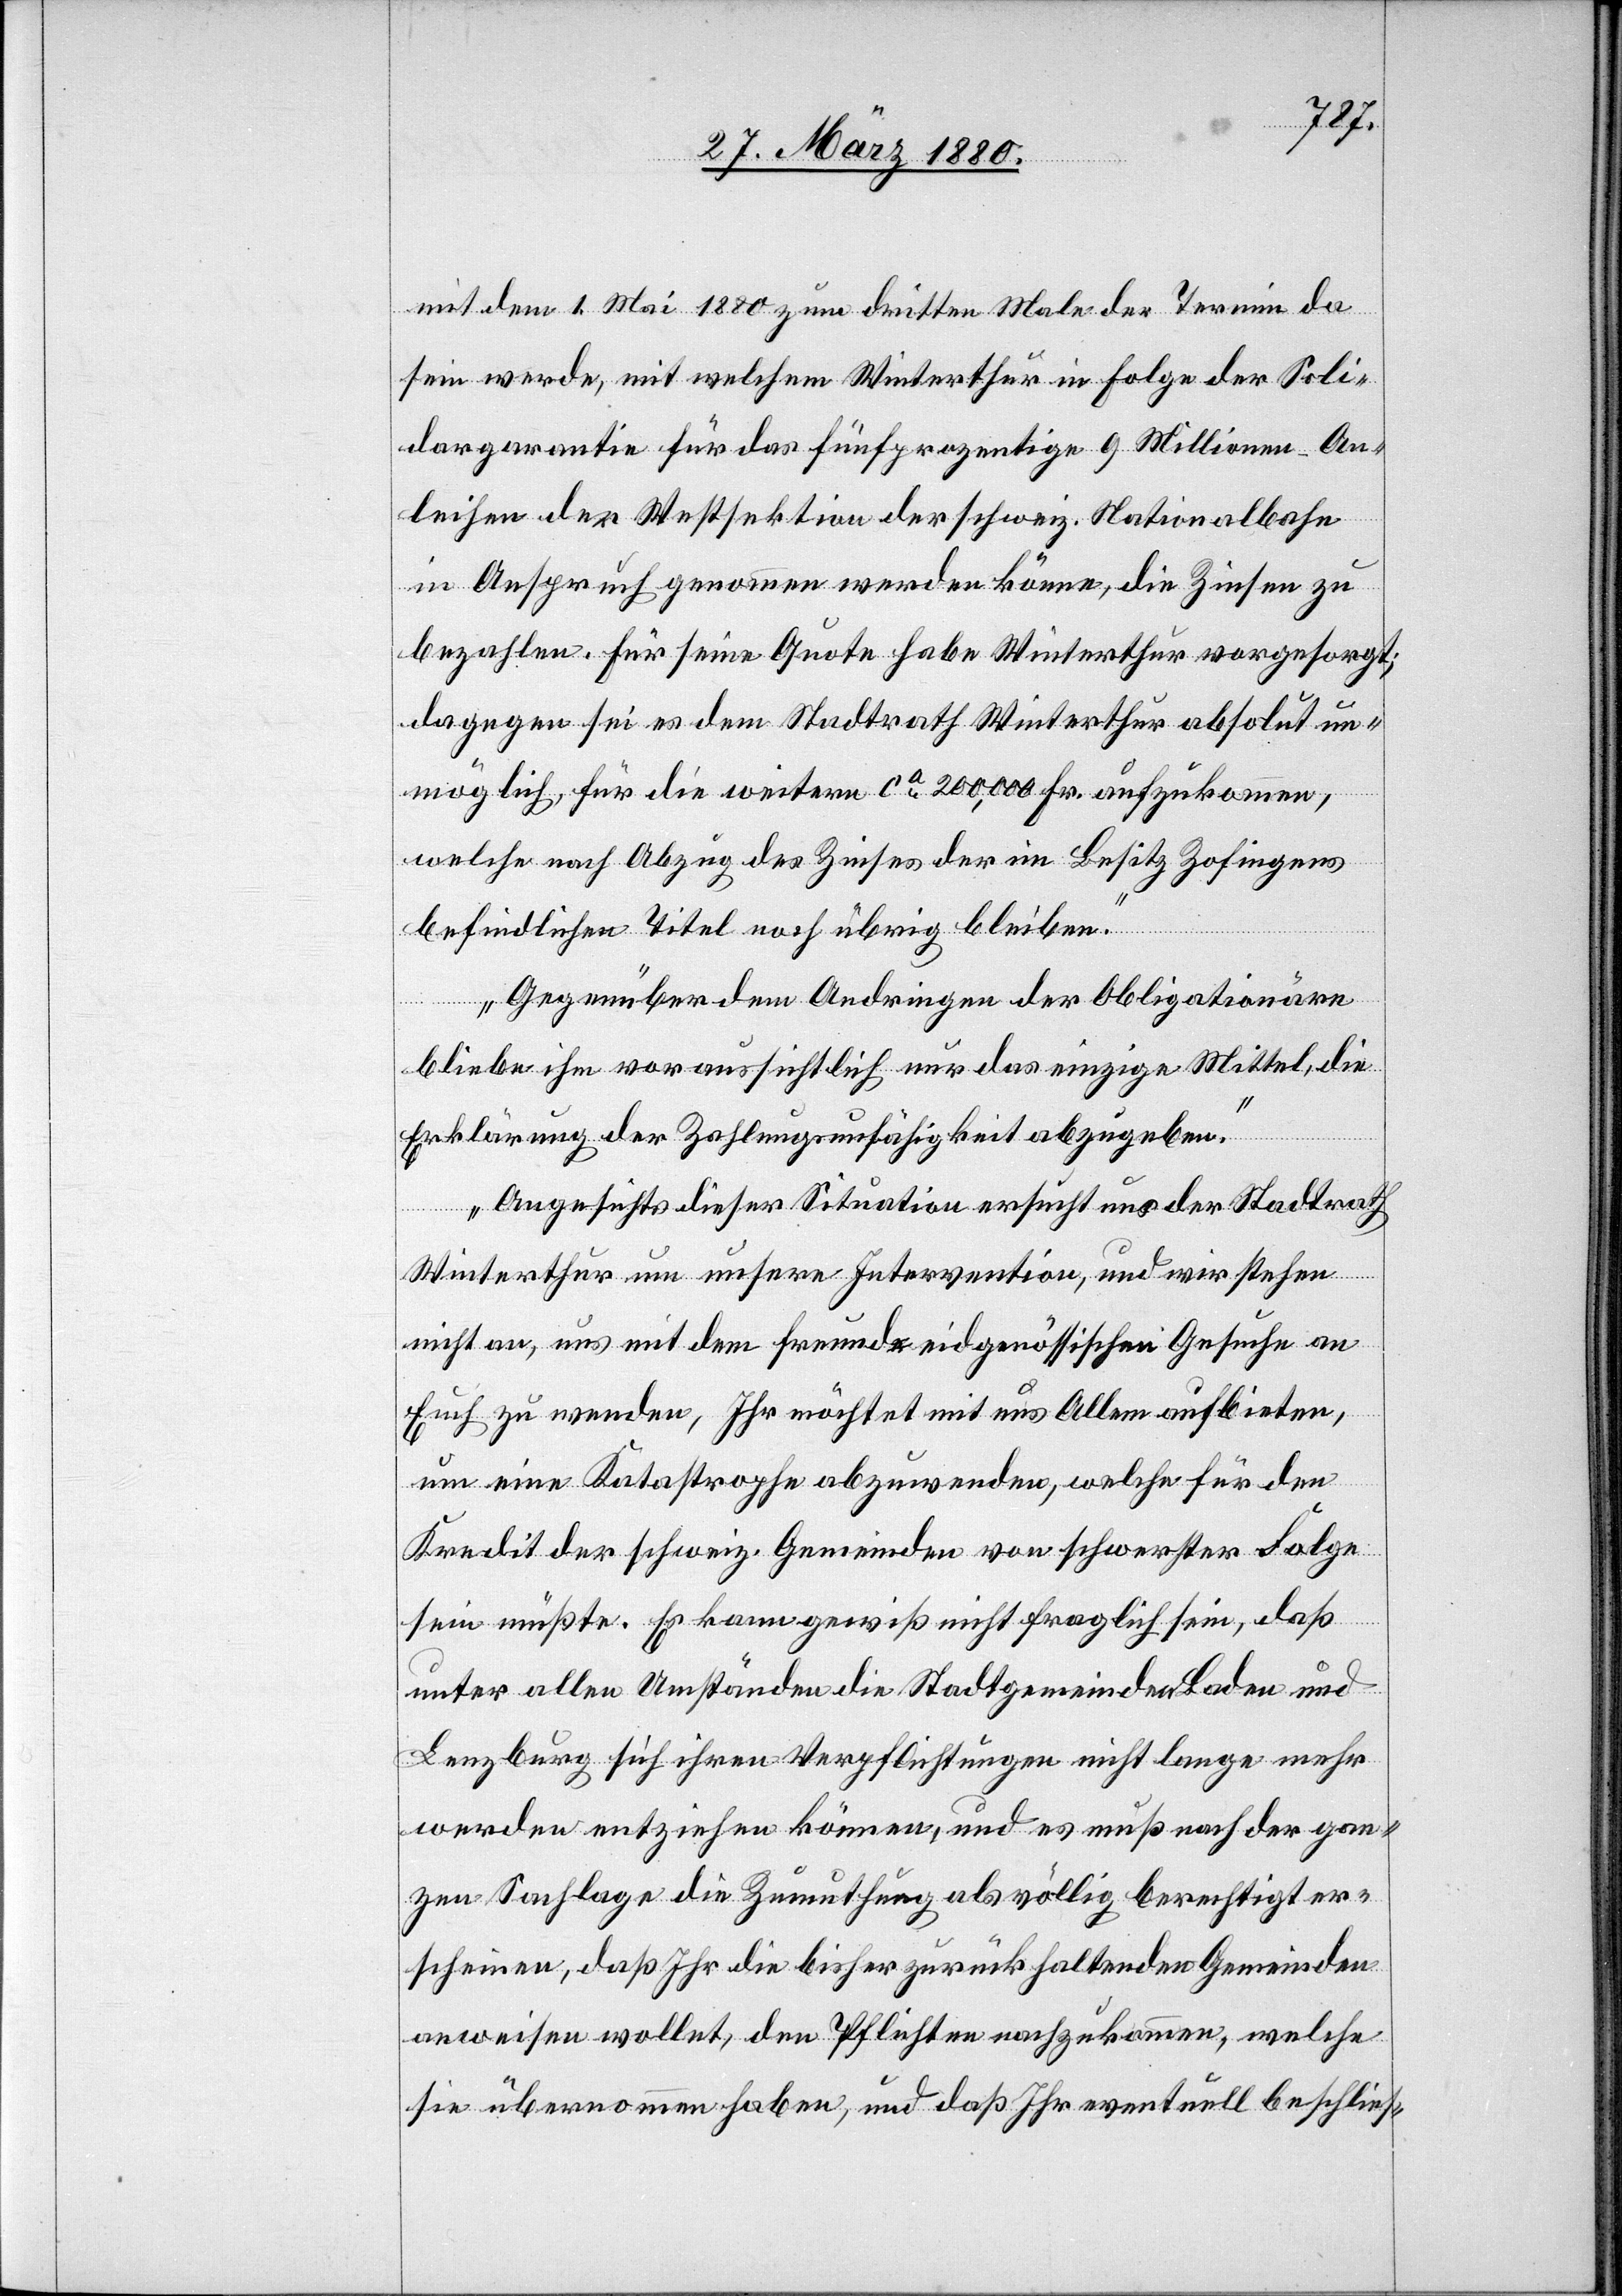
mit dem 1. Mai 1880 zum dritten Male der Termin da
sein werde, mit welchem Winterthur in Folge der Soli¬
dargarantie für das fünfprozentige 9 Millionen-An¬
leihen der Westsektion der schweiz. Nationalbahn
in Anspruch genommen werden könne, die Zinsen zu
bezahlen. Für seine Quote habe Winterthur vorgesorgt;
dagegen sei dem Stadtrath Winterthur absolut un¬
möglich, für die weitern ca 200, 000 Fr. aufzukommen,
welche nach Abzug des Zinses der im Besitz Zofingens
befindlichen Titel noch übrig bleiben.
Gegenüber dem Andringen der Obligationäre
bliebe ihm voraussichtlich nur das einzige Mittel, die
Erklärung der Zahlungsunfähigkeit abzugeben.
Angesichts dieser Situation ersucht uns der Stadtrath
Winterthur um unsere Intervention, und wir stehen
nicht an, uns mit dem freundeidgenössischen Gesuche an
Euch zu wenden, Ihr möchtet mit uns Allem aufbieten,
um eine Katastrophe abzuwenden, welche für den
Kredit der schweiz. Gemeinden von schwerster Folge
sein müßte. Es kann gewiß nicht fraglich sein, daß
unter allen Umständen die Stadtgemeinden Baden und
Lenzburg sich ihren Verpflichtungen nicht lange mehr
werden entziehen können, und es muß nach der gan¬
zen Sachlage die Zumuthung als völlig berechtigt er¬
scheinen, daß Ihr die bisher zurückhaltenden Gemeinden
anweisen wollet, den Pflichten nachzukommen, welche
sie übernommen haben, und daß Ihr eventuell beschlies-